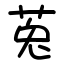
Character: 莵